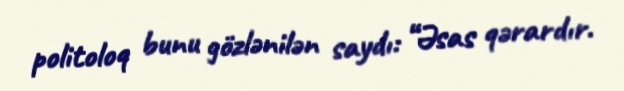
politoloq bunu gözlənilən saydı: “Əsas qərardır.